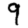
Digit: 9